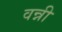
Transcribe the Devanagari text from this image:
वन्नी